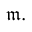
{ \mathfrak { m } } .